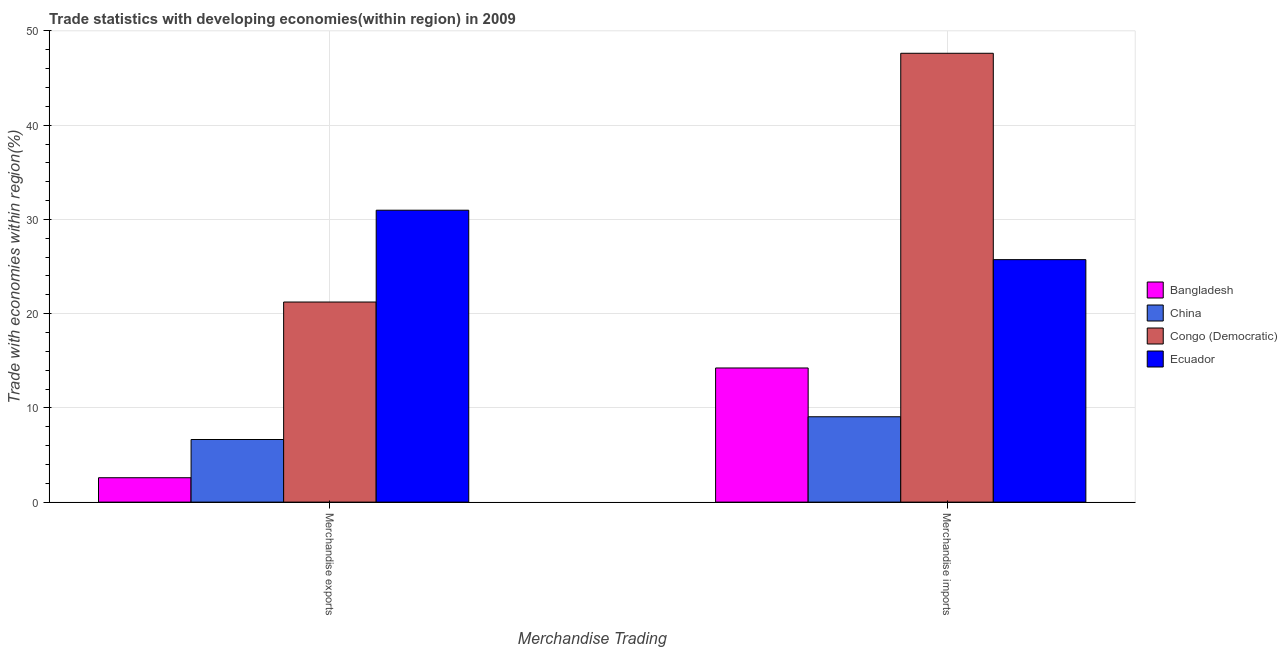
| Merchandise Trading | Bangladesh | China | Congo (Democratic) | Ecuador |
 | --- | --- | --- | --- | --- |
 | Merchandise exports | 2.59 | 6.64 | 21.2 | 31 |
 | Merchandise imports | 14.2 | 9.06 | 47.6 | 25.7 |